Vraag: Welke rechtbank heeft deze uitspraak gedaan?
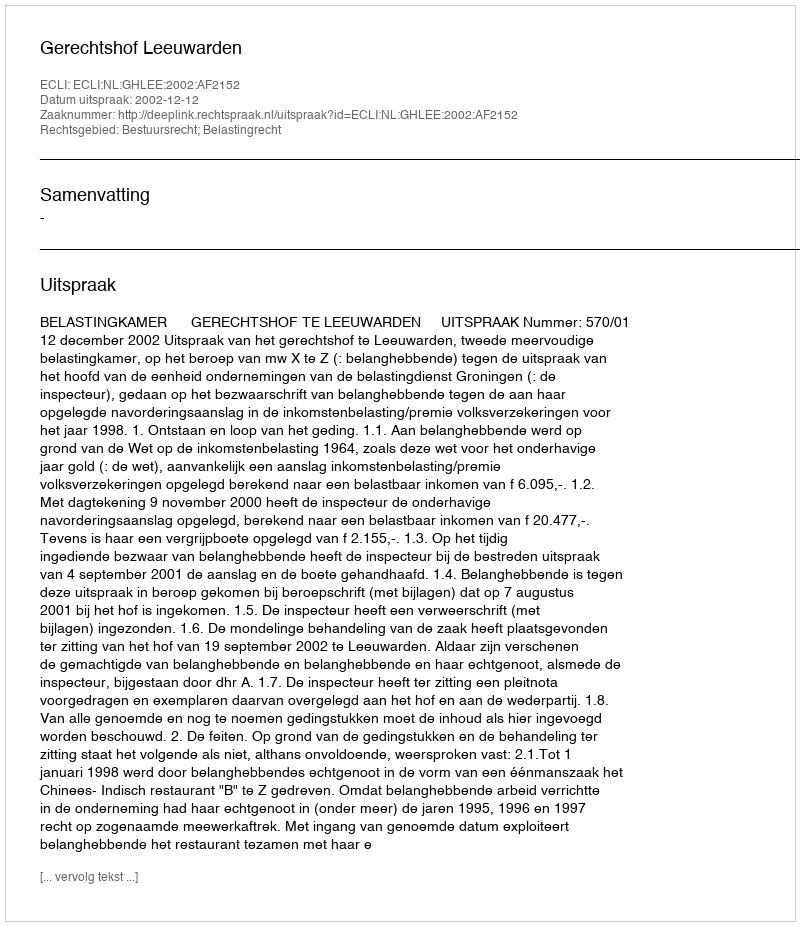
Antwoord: Gerechtshof Leeuwarden